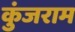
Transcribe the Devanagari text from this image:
कुंजराम